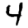
Digit: 4